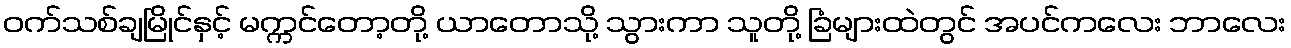
ဝက်သစ်ချမြိုင်နှင့် မက္ကင်တော့တို့ ယာတောသို့ သွားကာ သူတို့ ခြံများထဲတွင် အပင်ကလေး ဘာလေး